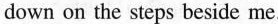
down on the steps beside me.